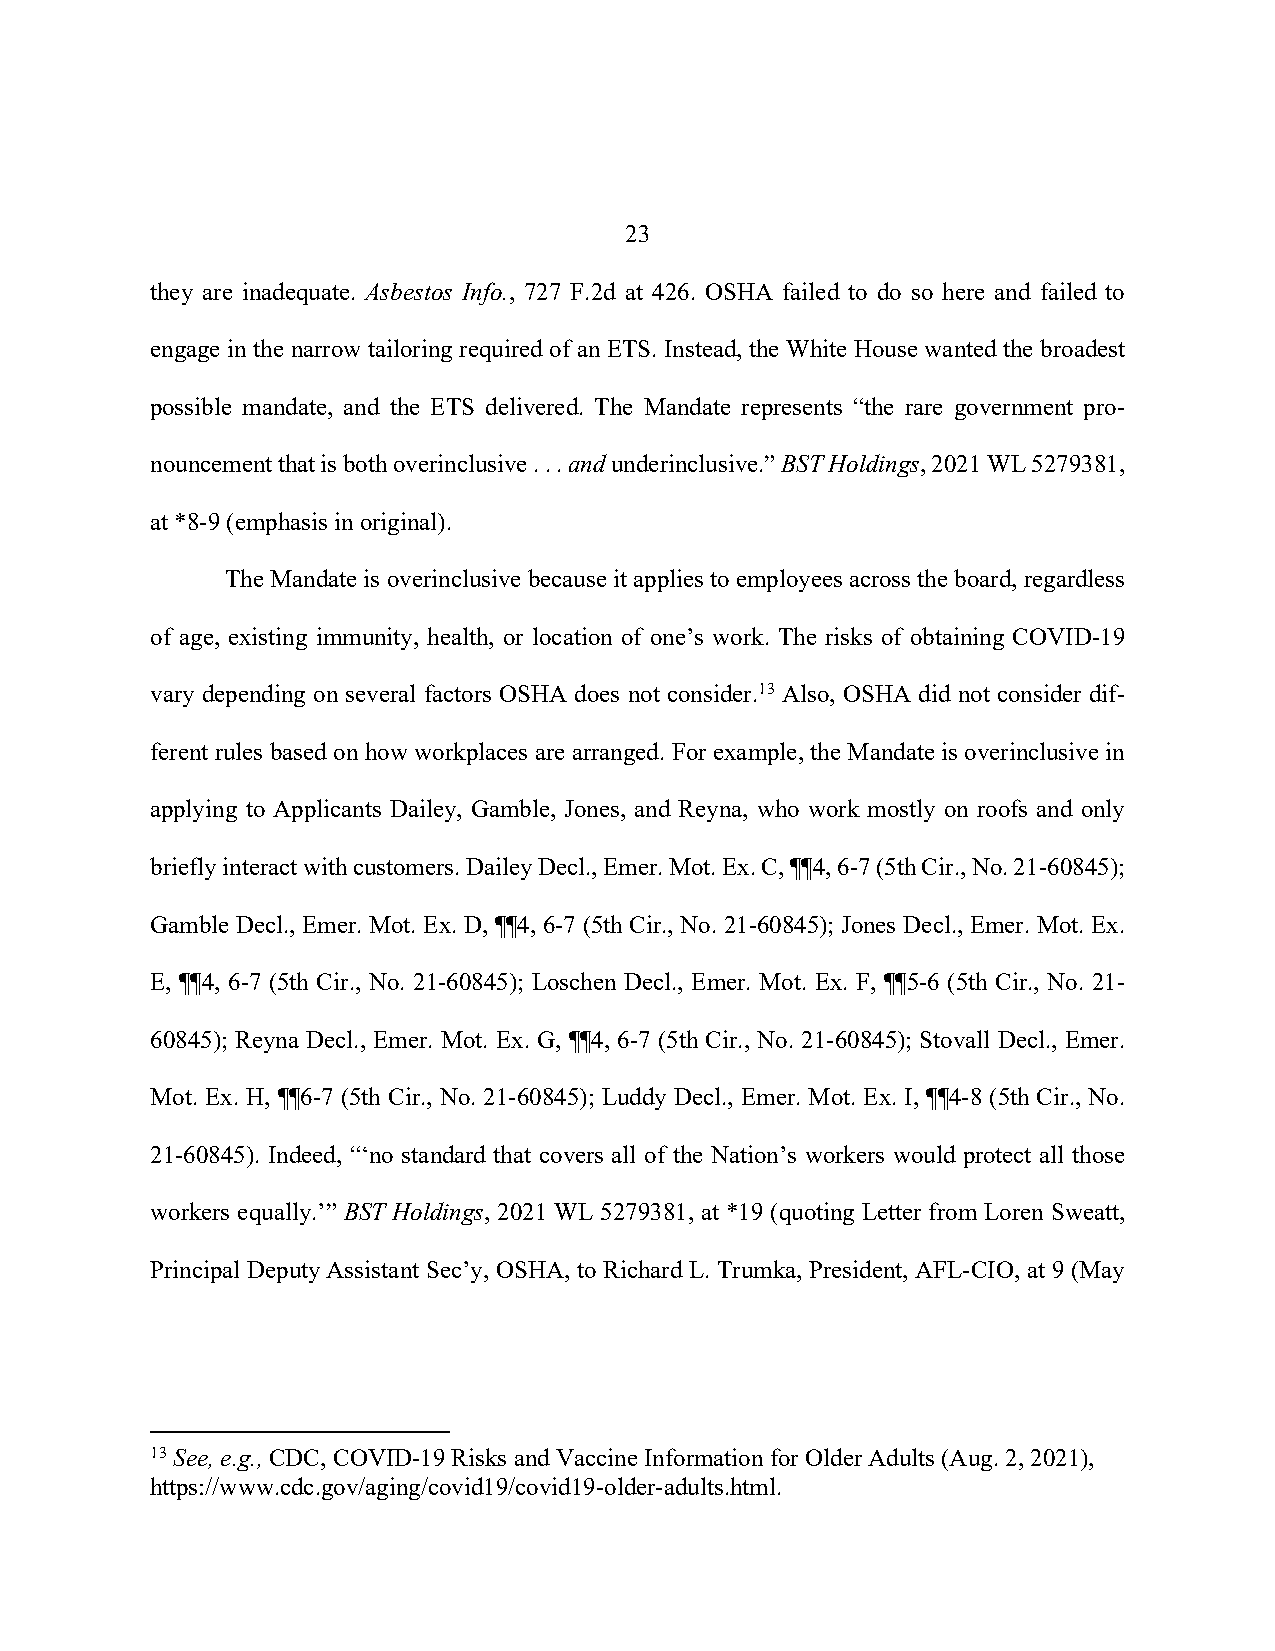
23
 they are inadequate. Asbestos Info., 727 F.2d at 426. OSHA failed to do so here and failed to
 engage in the narrow tailoring required of an ETS. Instead, the White House wanted the broadest
 possible mandate, and the ETS delivered. The Mandate represents “the rare government pro-
 nouncement that is both overinclusive . . . and underinclusive.” BST Holdings, 2021 WL 5279381,
 at *8-9 (emphasis in original).
 The Mandate is overinclusive because it applies to employees across the board, regardless
 of age, existing immunity, health, or location of one’s work. The risks of obtaining COVID-19
 vary depending on several factors OSHA does not consider.13 Also, OSHA did not consider dif-
 ferent rules based on how workplaces are arranged. For example, the Mandate is overinclusive in
 applying to Applicants Dailey, Gamble, Jones, and Reyna, who work mostly on roofs and only
 briefly interact with customers. Dailey Decl., Emer. Mot. Ex. C, ¶¶4, 6-7 (5th Cir., No. 21-60845);
 Gamble Decl., Emer. Mot. Ex. D, ¶¶4, 6-7 (5th Cir., No. 21-60845); Jones Decl., Emer. Mot. Ex.
 E, ¶¶4, 6-7 (5th Cir., No. 21-60845); Loschen Decl., Emer. Mot. Ex. F, ¶¶5-6 (5th Cir., No. 21-
 60845); Reyna Decl., Emer. Mot. Ex. G, ¶¶4, 6-7 (5th Cir., No. 21-60845); Stovall Decl., Emer.
 Mot. Ex. H, ¶¶6-7 (5th Cir., No. 21-60845); Luddy Decl., Emer. Mot. Ex. I, ¶¶4-8 (5th Cir., No.
 21-60845). Indeed, “‘no standard that covers all of the Nation’s workers would protect all those
 workers equally.’” BST Holdings, 2021 WL 5279381, at *19 (quoting Letter from Loren Sweatt,
 Principal Deputy Assistant Sec’y, OSHA, to Richard L. Trumka, President, AFL-CIO, at 9 (May
 13 See, e.g., CDC, COVID-19 Risks and Vaccine Information for Older Adults (Aug. 2, 2021),
 https://www.cdc.gov/aging/covid19/covid19-older-adults.html.